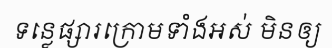
ទន្លេផ្សារក្រោមទាំងអស់ មិនឲ្យ